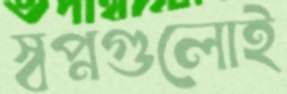
স্বপ্নগুলোই